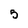
Character: 5